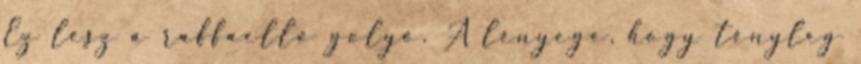
Ez lesz a raffaelló golyó. A lényege, hogy tényleg